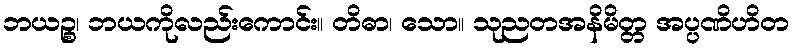
ဘယဉ္စ၊ ဘယကိုလည်းကောင်း။ တိဓာ၊ သော။ သုညတအနိမိတ္တ အပ္ပဏိဟိတ